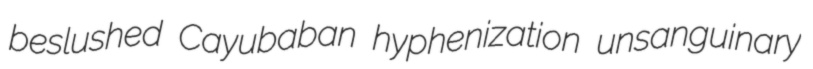
beslushed Cayubaban hyphenization unsanguinary